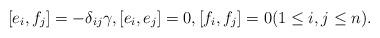
LaTeX: \begin{gather*}[e_i, f_j] = - \delta_{ij}\gamma, [e_i, e_j] = 0, [f_i, f_j] = 0 (1 \leq i, j \leq n).\end{gather*}